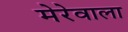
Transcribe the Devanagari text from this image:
मेरेवाला